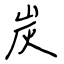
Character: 炭